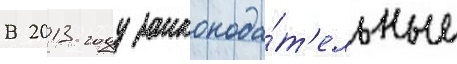
В 2013 году законода́т'ельные